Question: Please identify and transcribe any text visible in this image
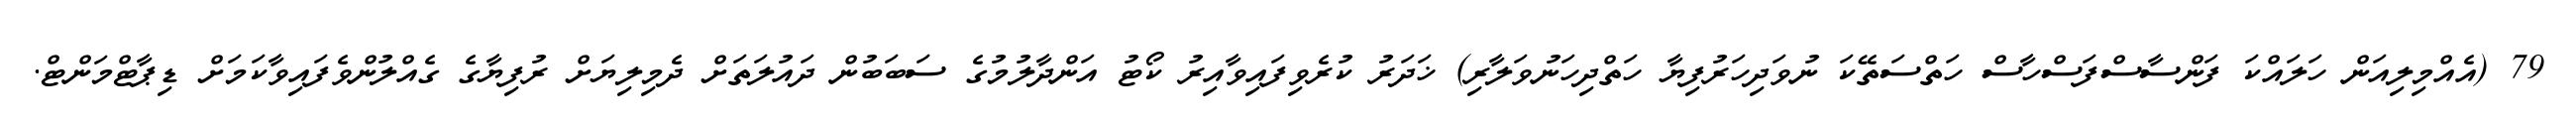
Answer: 79 (އެއްމިލިއަން ހަލައްކަ ފަންސާސްފަސްހާސް ހަތްސަތޭކަ ނުވަދިހަރުފިޔާ ހަތްދިހަނުވަލާރި) ޚަދަރު ކުރެވިފައިވާއިރު ކޯޓު އަންދާލުމުގެ ސަބަބުން ދައުލަތަށް ދެމިލިޔަށް ރުފިޔާގެ ގެއްލުންވެފައިވާކަމަށް ޑިޕާޓްމަންޓް.